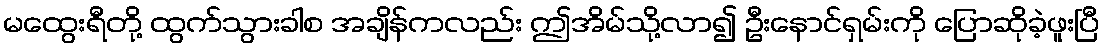
မထွေးရီတို့ ထွက်သွားခါစ အချိန်ကလည်း ဤအိမ်သို့လာ၍ ဦးနောင်ရှမ်းကို ပြောဆိုခဲ့ဖူးပြီ